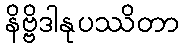
နိဗ္ဗိဒါနုပဿိတာ